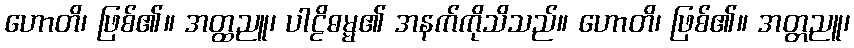
ဟောတိ၊ ဖြစ်၏။ အတ္ထညူ၊ ပါဠိဓမ္မ၏ အနက်ကိုသိသည်။ ဟောတိ၊ ဖြစ်၏။ အတ္တညူ၊